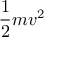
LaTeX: { \frac { 1 } { 2 } } m v ^ { 2 }